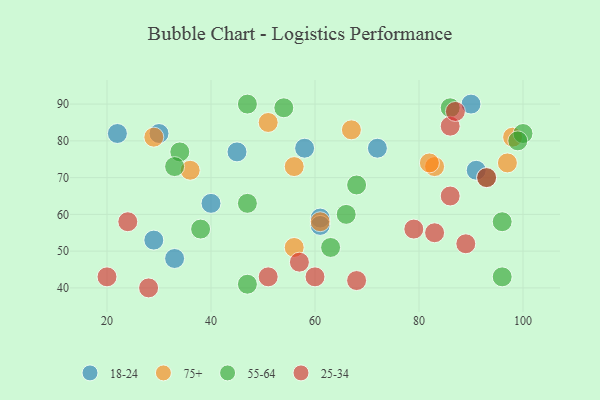
{"axis": {"x": "GDP", "y": "Life Expectancy"}, "legend": ["18-24", "25-34", "55-64", "75+"], "data": [{"x": "72", "y": 78, "type": "18-24"}, {"x": "29", "y": 53, "type": "18-24"}, {"x": "33", "y": 48, "type": "18-24"}, {"x": "61", "y": 59, "type": "18-24"}, {"x": "58", "y": 78, "type": "18-24"}, {"x": "61", "y": 57, "type": "18-24"}, {"x": "90", "y": 90, "type": "18-24"}, {"x": "40", "y": 63, "type": "18-24"}, {"x": "30", "y": 82, "type": "18-24"}, {"x": "22", "y": 82, "type": "18-24"}, {"x": "45", "y": 77, "type": "18-24"}, {"x": "91", "y": 72, "type": "18-24"}, {"x": "61", "y": 58, "type": "75+"}, {"x": "97", "y": 74, "type": "75+"}, {"x": "56", "y": 51, "type": "75+"}, {"x": "67", "y": 83, "type": "75+"}, {"x": "36", "y": 72, "type": "75+"}, {"x": "56", "y": 73, "type": "75+"}, {"x": "98", "y": 81, "type": "75+"}, {"x": "83", "y": 73, "type": "75+"}, {"x": "82", "y": 74, "type": "75+"}, {"x": "51", "y": 85, "type": "75+"}, {"x": "29", "y": 81, "type": "75+"}, {"x": "34", "y": 77, "type": "55-64"}, {"x": "47", "y": 90, "type": "55-64"}, {"x": "100", "y": 82, "type": "55-64"}, {"x": "47", "y": 63, "type": "55-64"}, {"x": "99", "y": 80, "type": "55-64"}, {"x": "66", "y": 60, "type": "55-64"}, {"x": "86", "y": 89, "type": "55-64"}, {"x": "63", "y": 51, "type": "55-64"}, {"x": "68", "y": 68, "type": "55-64"}, {"x": "54", "y": 89, "type": "55-64"}, {"x": "47", "y": 41, "type": "55-64"}, {"x": "96", "y": 58, "type": "55-64"}, {"x": "33", "y": 73, "type": "55-64"}, {"x": "93", "y": 70, "type": "55-64"}, {"x": "38", "y": 56, "type": "55-64"}, {"x": "96", "y": 43, "type": "55-64"}, {"x": "60", "y": 43, "type": "25-34"}, {"x": "57", "y": 47, "type": "25-34"}, {"x": "89", "y": 52, "type": "25-34"}, {"x": "86", "y": 84, "type": "25-34"}, {"x": "24", "y": 58, "type": "25-34"}, {"x": "20", "y": 43, "type": "25-34"}, {"x": "86", "y": 65, "type": "25-34"}, {"x": "79", "y": 56, "type": "25-34"}, {"x": "28", "y": 40, "type": "25-34"}, {"x": "87", "y": 88, "type": "25-34"}, {"x": "51", "y": 43, "type": "25-34"}, {"x": "68", "y": 42, "type": "25-34"}, {"x": "93", "y": 70, "type": "25-34"}, {"x": "83", "y": 55, "type": "25-34"}]}